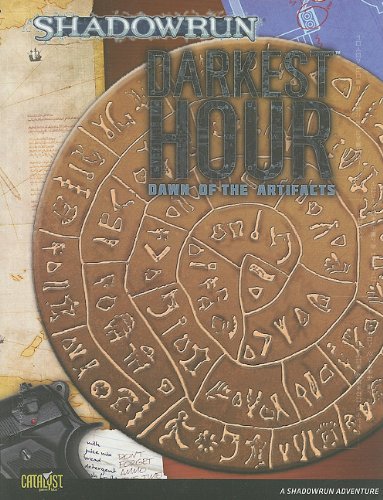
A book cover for Shadowrun Dawn of Artifacts Darkest 3 (Shadowrun (Catalyst)); Catalyst Game Labs(Manufactured by); Science Fiction & Fantasy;